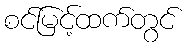
စင်မြင့်ထက်တွင်